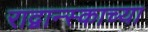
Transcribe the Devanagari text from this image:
राद्वान्स्काच्या